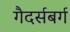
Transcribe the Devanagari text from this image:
गैदर्सबर्ग